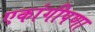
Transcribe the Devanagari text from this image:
एकांगीपणा